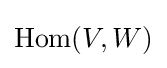
{\textstyle \operatorname {Hom} (V,W)}